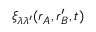
\xi _ { \lambda \lambda ^ { \prime } } ( \boldsymbol { r } _ { A } , \boldsymbol { r } _ { B } ^ { \prime } , t )